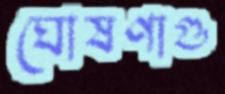
ঘোষণাগু